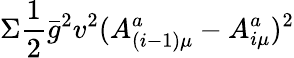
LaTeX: \Sigma\frac{1}{2}\bar{g}^{2}v^{2}(A_{(i-1)\mu}^{a}-A_{i\mu}^{a})^{2}